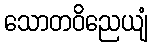
သောတဝိညေယျံ